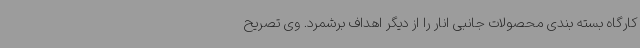
کارگاه بسته بندی محصولات جانبی انار را از دیگر اهداف برشمرد. وی تصریح